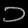
Digit: ၁